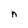
Character: n